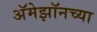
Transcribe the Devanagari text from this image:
अॅमेझॉनच्या